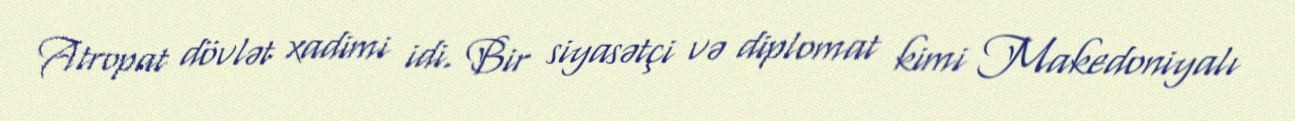
Atropat dövlət xadimi idi. Bir siyasətçi və diplomat kimi Makedoniyalı